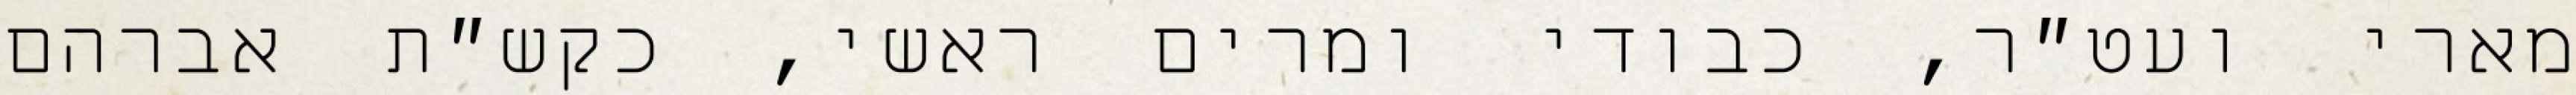
מארי ועט״ר, כבודי ומרים ראשי, כקש״ת אברהם